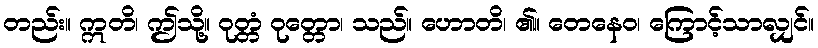
တည်း။ ဣတိ၊ ဤသို့။ ဝုတ္တံ ဝုတ္တော၊ သည်။ ဟောတိ၊ ၏။ တေနေဝ၊ ကြောင့်သာလျှင်။